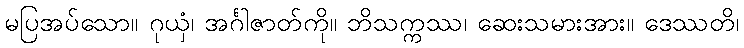
မပြအပ်သော။ ဂုယှံ၊ အင်္ဂါဇာတ်ကို။ ဘိသက္ကဿ၊ ဆေးသမားအား။ ဒေဿတိ၊